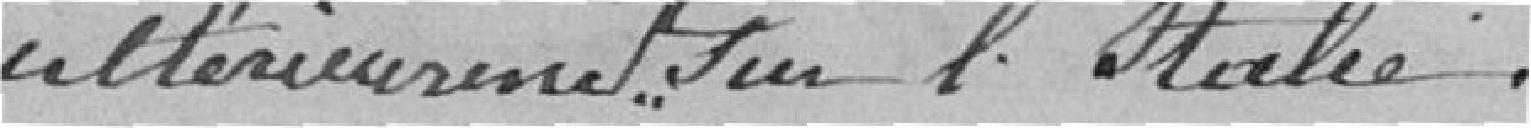
ultérieurement sur l'Italie.